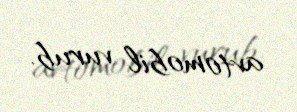
avtomobil vurub.